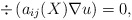
\begin{align*} \div \left ( a_{ij}(X) \nabla u \right ) = 0,\end{align*}